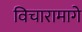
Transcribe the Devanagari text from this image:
विचारामागे